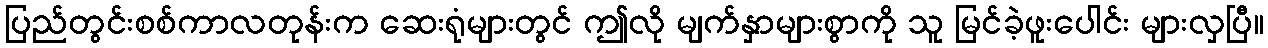
ပြည်တွင်းစစ်ကာလတုန်းက ဆေးရုံများတွင် ဤလို မျက်နှာများစွာကို သူ မြင်ခဲ့ဖူးပေါင်း များလှပြီ။